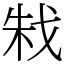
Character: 㦵